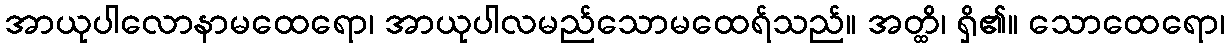
အာယုပါလောနာမထေရော၊ အာယုပါလမည်သောမထေရ်သည်။ အတ္ထိ၊ ရှိ၏။ သောထေရော၊